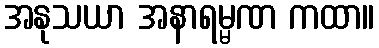
အနုသယာ အနာရမ္မဏ ကထာ။